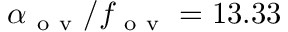
\alpha _ { \mathrm { ~ o ~ v ~ } } / f _ { \mathrm { ~ o ~ v ~ } } = 1 3 . 3 3